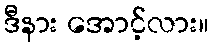
ဒီနား အောင့်လား။